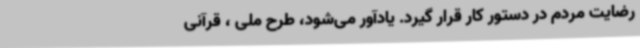
رضایت مردم در دستور کار قرار گیرد. یادآور می‌شود، طرح ملی ، قرآنی